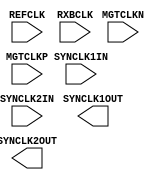
// $Header: /devl/xcs/repo/env/Databases/CAEInterfaces/verplex_libs/data/simprims/Attic/X_GT11CLK.v,v 1.1.2.1 2004/09/28 20:47:45 wloo Exp $

`timescale 1 ps / 1 ps 

module X_GT11CLK (
	SYNCLK1OUT,
	SYNCLK2OUT,
	MGTCLKN,
	MGTCLKP,
	REFCLK,
	RXBCLK,
	SYNCLK1IN,
	SYNCLK2IN
);

parameter REFCLKSEL = "MGTCLK";
parameter SYNCLK1OUTEN = "ENABLE";
parameter SYNCLK2OUTEN = "DISABLE";


output SYNCLK1OUT;
output SYNCLK2OUT;

input MGTCLKN;
input MGTCLKP;
input REFCLK;
input RXBCLK;
input SYNCLK1IN;
input SYNCLK2IN;

endmodule